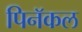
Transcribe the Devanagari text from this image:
पिनॅकल